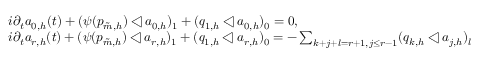
\begin{array} { r l } & { i \partial _ { t } a _ { 0 , h } ( t ) + ( \psi ( p _ { \tilde { m } , h } ) \triangleleft a _ { 0 , h } ) _ { 1 } + ( q _ { 1 , h } \triangleleft a _ { 0 , h } ) _ { 0 } = 0 , } \\ & { i \partial _ { t } a _ { r , h } ( t ) + ( \psi ( p _ { \tilde { m } , h } ) \triangleleft a _ { r , h } ) _ { 1 } + ( q _ { 1 , h } \triangleleft a _ { r , h } ) _ { 0 } = - \sum _ { k + j + l = r + 1 , j \leq r - 1 } ( q _ { k , h } \triangleleft a _ { j , h } ) _ { l } } \end{array}